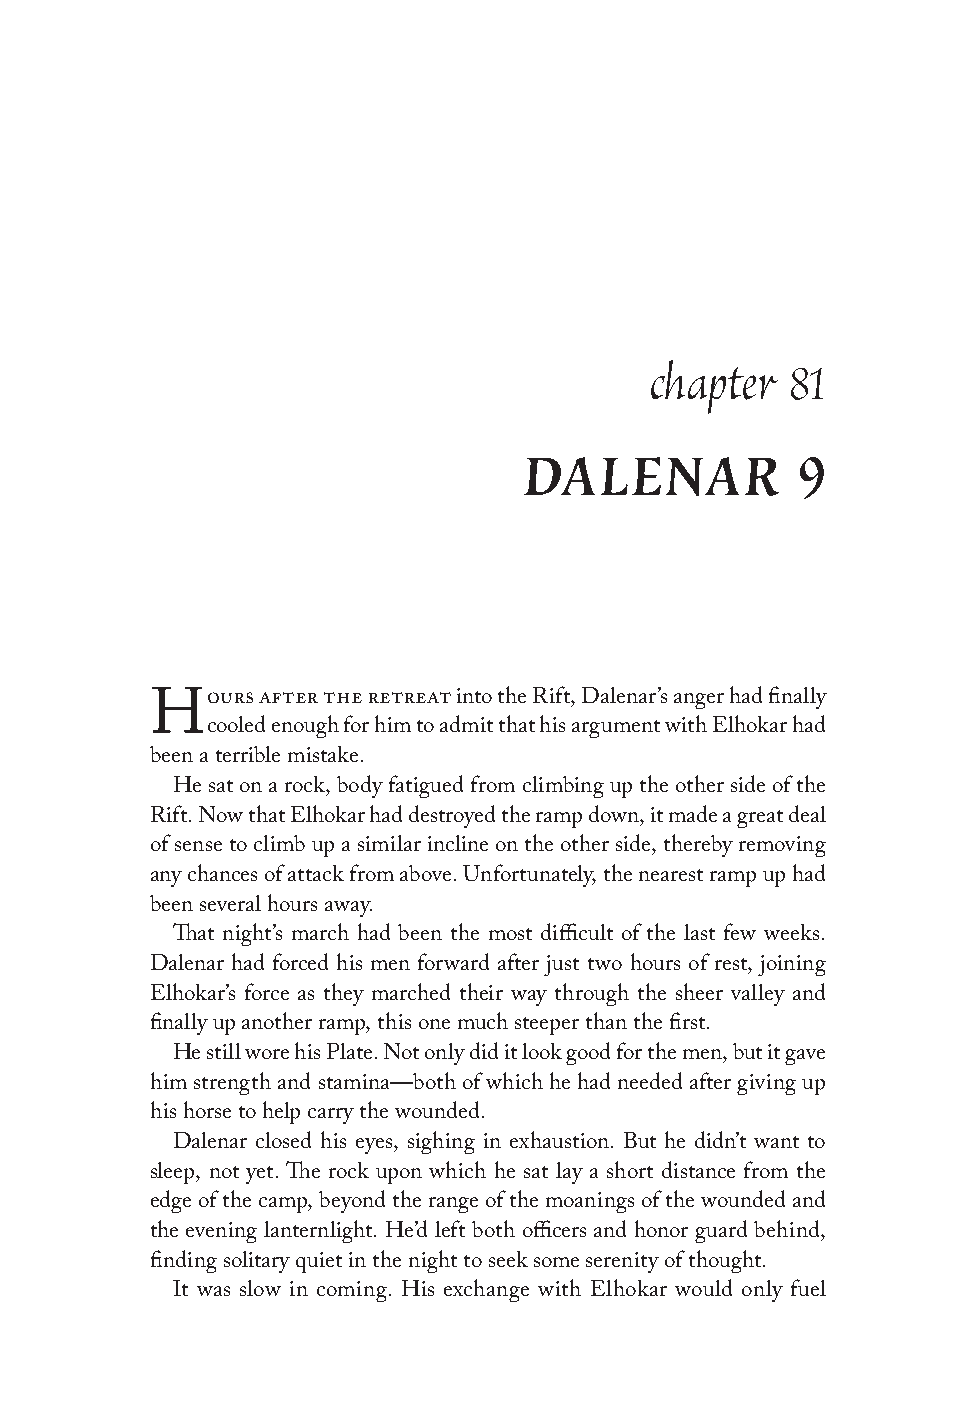
chapter  81
 DALENAR           9
 ours after the retreat into the Rift, Dalenar’s anger had finally
 H
 cooled enough for him to admit that his argument with Elhokar had
 been a terrible mistake.
 He sat on a rock, body fatigued from climbing up the other side of the
 Rift. Now that Elhokar had destroyed the ramp down, it made a great deal
 of sense to climb up a similar incline on the other side, thereby removing
 any chances of attack from above. Unfortunately, the nearest ramp up had
 been several hours away.
 That night’s march had been the most difficult of the last few weeks.
 Dalenar had forced his men forward after just two hours of rest, joining
 Elhokar’s force as they marched their way through the sheer valley and
 finally up another ramp, this one much steeper than the first.
 He still wore his Plate. Not only did it look good for the men, but it gave
 him strength and stamina—both of which he had needed after giving up
 his horse to help carry the wounded.
 Dalenar closed his eyes, sighing in exhaustion. But he didn’t want to
 sleep, not yet. The rock upon which he sat lay a short distance from the
 edge of the camp, beyond the range of the moanings of the wounded and
 the evening lanternlight. He’d left both officers and honor guard behind,
 finding solitary quiet in the night to seek some serenity of thought.
 It was slow in coming. His exchange with Elhokar would only fuel